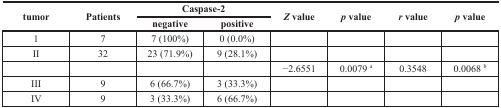
| <ROWSPAN=2> tumor | <ROWSPAN=2> Patients | <COLSPAN=2> Caspase-2 | <ROWSPAN=2> Z value | <ROWSPAN=2> p value | <ROWSPAN=2> r value | <ROWSPAN=2> p value |
 | negative | positive |
 | --- | --- | --- | --- | --- | --- | --- | --- |
 | 1 | 7 | 7 (100%) | 0 (0.0%) |  |  |  |  |
 | II | 32 | 23 (71.9%) | 9 (28.1%) |  |  |  |  |
 |  |  |  |  | −2.6551 | 0.0079 a | 0.3548 | 0.0068 b |
 | III | 9 | 6 (66.7%) | 3 (33.3%) |  |  |  |  |
 | IV | 9 | 3 (33.3%) | 6 (66.7%) |  |  |  |  |